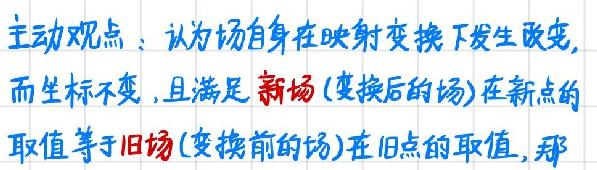
主动观点：认为场自身在映射变换下发生改变,
而坐标不变,且满足新场(变换后的场)在新点的
取值等于旧场(变换前的场)在旧点的取值,那